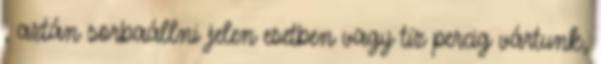
, aztán sorbaállni jelen esetben vagy tíz percig vártunk,